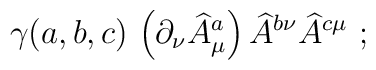
\gamma(a,b,c)\, \left(\partial_{\nu}\widehat{A}^{a}_{\mu}\right)                     \widehat{A}^{b\nu}\widehat{A}^{c\mu}\ ;